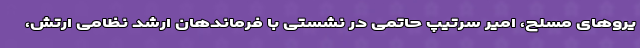
یروهای مسلح، امیر سرتیپ حاتمی در نشستی با فرماندهان ارشد نظامی ارتش،